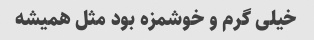
خیلی گرم و خوشمزه بود مثل همیشه